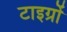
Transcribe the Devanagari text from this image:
टाइग्रों